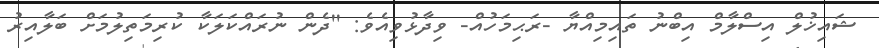
ޝައިޚުލް އިސްލާމް އިބްނު ތައިމިއްޔާ -ރަޙިމަހުއް- ވިދާޅުވިއެވެ: ''ދެން ނުރައްކަލަކާ ކުރިމަތިލުމަށް ބަލާއިރު